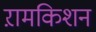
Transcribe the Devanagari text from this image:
ऱामकिशन